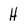
Character: H